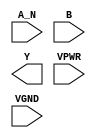
module sky130_fd_sc_hs__nand2b (
    //# {{data|Data Signals}}
    input  A_N ,
    input  B   ,
    output Y   ,

    //# {{power|Power}}
    input  VPWR,
    input  VGND
);
endmodule